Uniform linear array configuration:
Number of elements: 4
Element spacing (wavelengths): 0.75
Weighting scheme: cosine
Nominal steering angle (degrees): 60
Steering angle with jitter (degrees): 61.226
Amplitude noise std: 0.05
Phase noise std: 0.05

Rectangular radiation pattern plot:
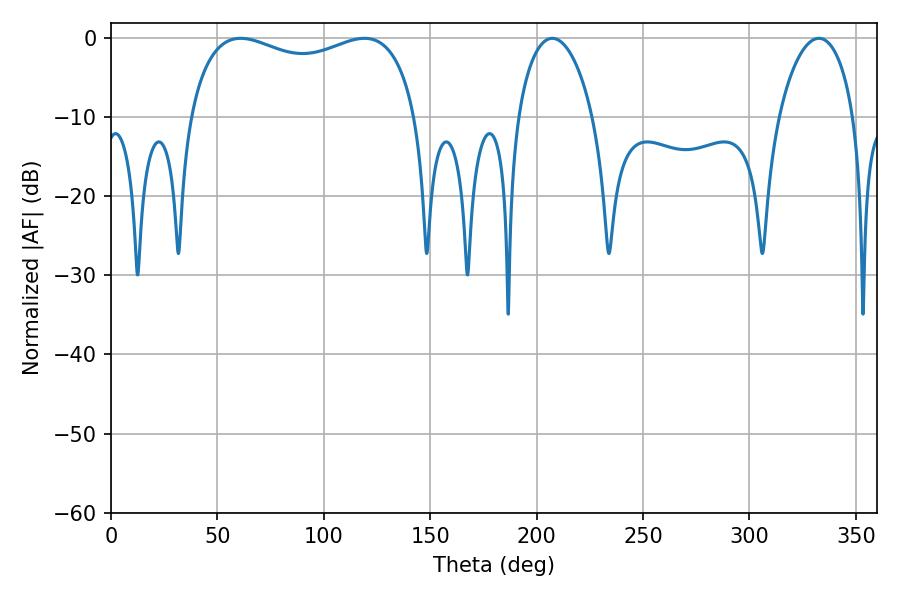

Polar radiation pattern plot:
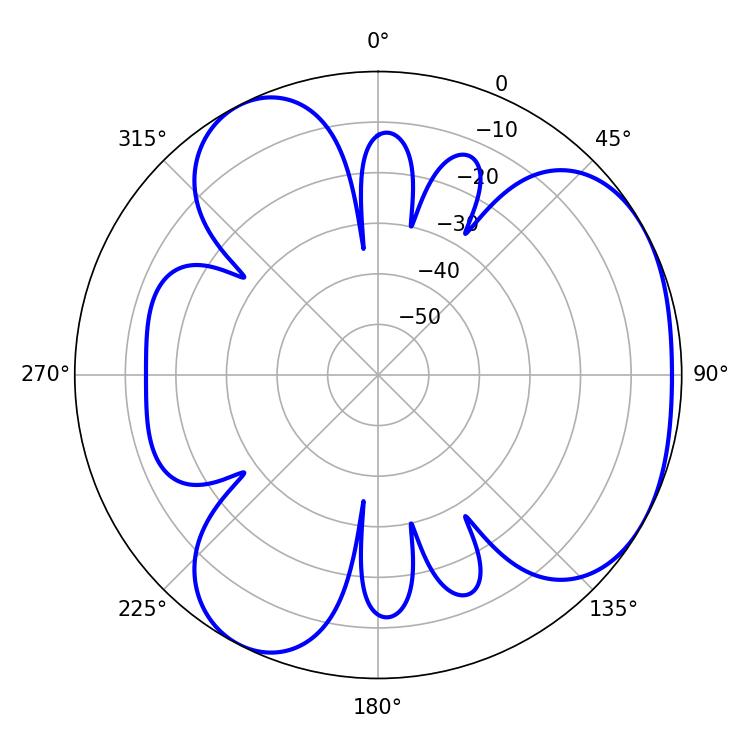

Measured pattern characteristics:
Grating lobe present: TRUE
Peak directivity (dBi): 3.933
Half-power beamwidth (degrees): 20.16
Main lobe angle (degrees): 207.36